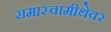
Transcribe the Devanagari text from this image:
रामास्वामीथेवर